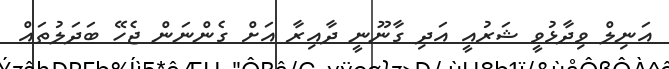
އަނިލް ވިދާޅުވީ ޝަރުއީ އަދި ގާނޫނީ ދާއިރާ އަށް ގެންނަން ޖެހޭ ބަދަލުތައް